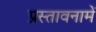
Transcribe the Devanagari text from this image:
प्रस्‍तावनामें